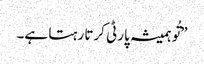
”تُو ہمیشہ پارٹی کرتا رہتا ہے۔